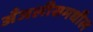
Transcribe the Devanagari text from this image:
अँजलीसमधील